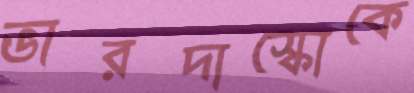
ভারদাস্কোকে